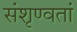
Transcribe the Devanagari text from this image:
संशृण्वतां